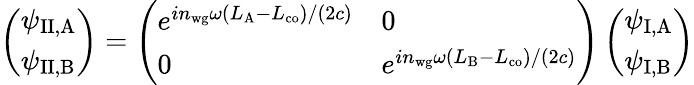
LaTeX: \left(\begin{array}{l}{\psi_{\mathrm{II,A}}}\\ {\psi_{\mathrm{II,B}}}\end{array}\right)=\left(\begin{array}{ll}{e^{in_{\mathrm{wg}}\omega(L_{\mathrm{A}}-L_{\mathrm{co}})/(2c)}}&{0}\\ {0}&{e^{in_{\mathrm{wg}}\omega(L_{\mathrm{B}}-L_{\mathrm{co}})/(2c)}}\end{array}\right)\left(\begin{array}{l}{\psi_{\mathrm{I,A}}}\\ {\psi_{\mathrm{I,B}}}\end{array}\right)